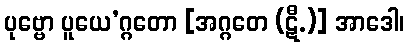
ပုဗ္ဗော ပူယေ’ဂ္ဂတော [အဂ္ဂတေ (ဋီ.)] အာဒေါ၊